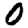
Digit: 0